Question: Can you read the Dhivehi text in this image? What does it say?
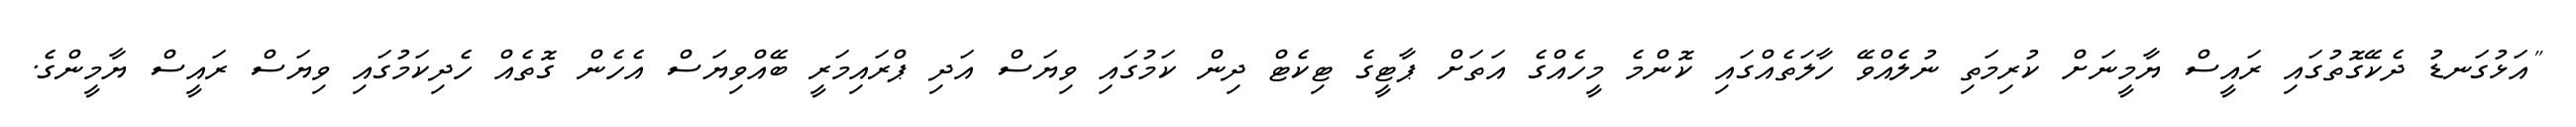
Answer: "އަޅުގަނޑު ދެކޭގޮތުގައި ރައީސް ޔާމީނަށް ކުރިމަތި ނުލެއްވޭ ހާލަތެއްގައި ކޮންމެ މީހެއްގެ އަތަށް ޕާޓީގެ ޓިކެޓް ދިން ކަމުގައި ވިޔަސް އަދި ޕްރައިމަރީ ބޭއްވިޔަސް އެހެން ގޮތެއް ހެދިކަމުގައި ވިޔަސް ރައީސް ޔާމީންގެ.